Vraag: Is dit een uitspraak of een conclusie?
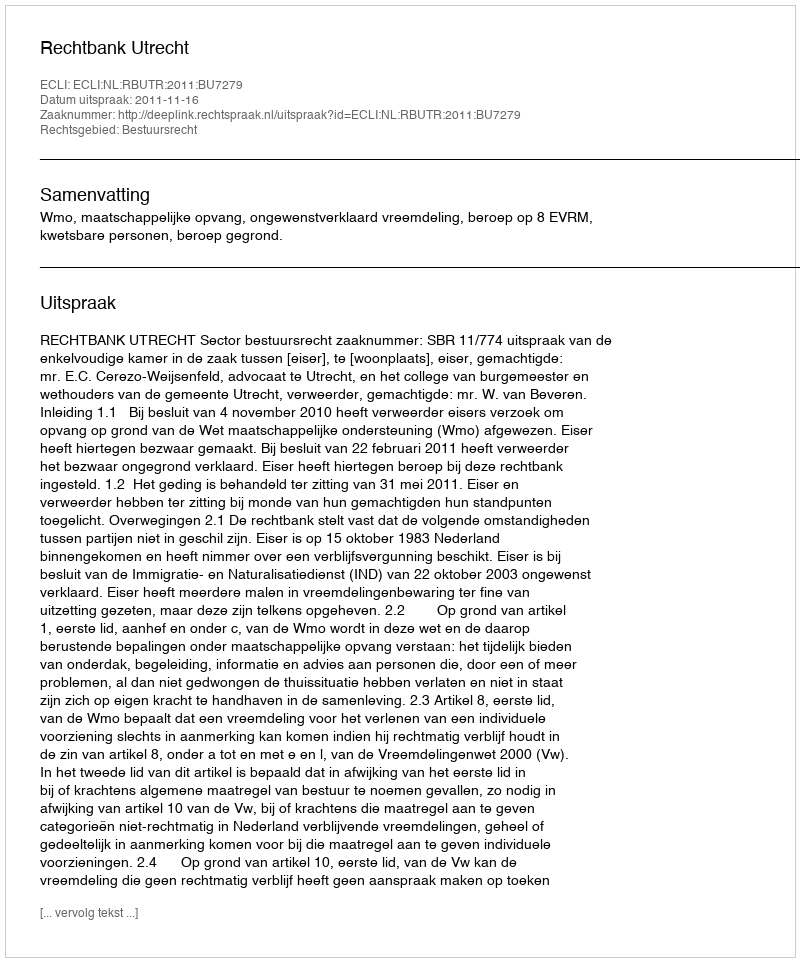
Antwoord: Uitspraak